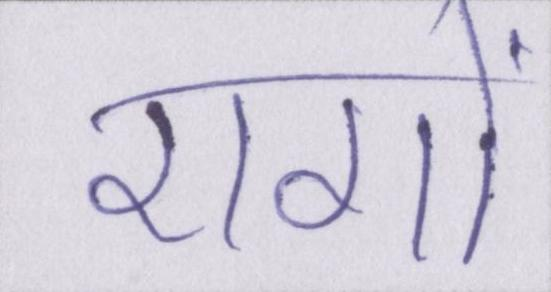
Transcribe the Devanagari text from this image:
रागों